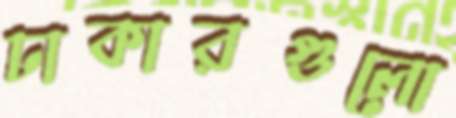
ঢাকারগুলো